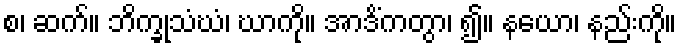
စ၊ ဆက်။ ဘိက္ခုသံဃံ၊ ဃာကို။ အာဒိံကတွာ၊ ၍။ နယော၊ နည်းကို။